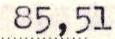
85,51